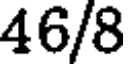
46/8